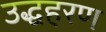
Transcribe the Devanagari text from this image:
उद्धहरण